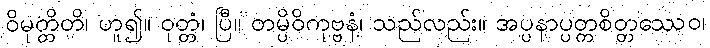
ဝိမုတ္တိတိ၊ ဟူ၍။ ဝုတ္တံ၊ ပြီ။ တမ္ပိဝိကုဗ္ဗနံ၊ သည်လည်း။ အပ္ပနာပ္ပတ္တစိတ္တဿေဝ၊